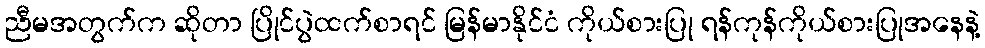
ညီမအတွက်က ဆိုတာ ပြိုင်ပွဲထက်စာရင် မြန်မာနိုင်ငံ ကိုယ်စားပြု ရန်ကုန်ကိုယ်စားပြုအနေနဲ့